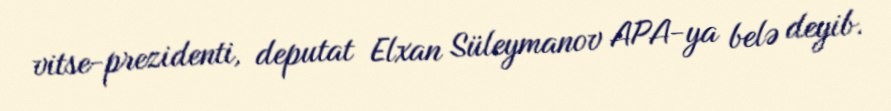
vitse-prezidenti, deputat Elxan Süleymanov APA-ya belə deyib.